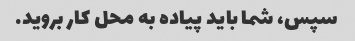
سپس، شما باید پیاده به محل کار بروید.